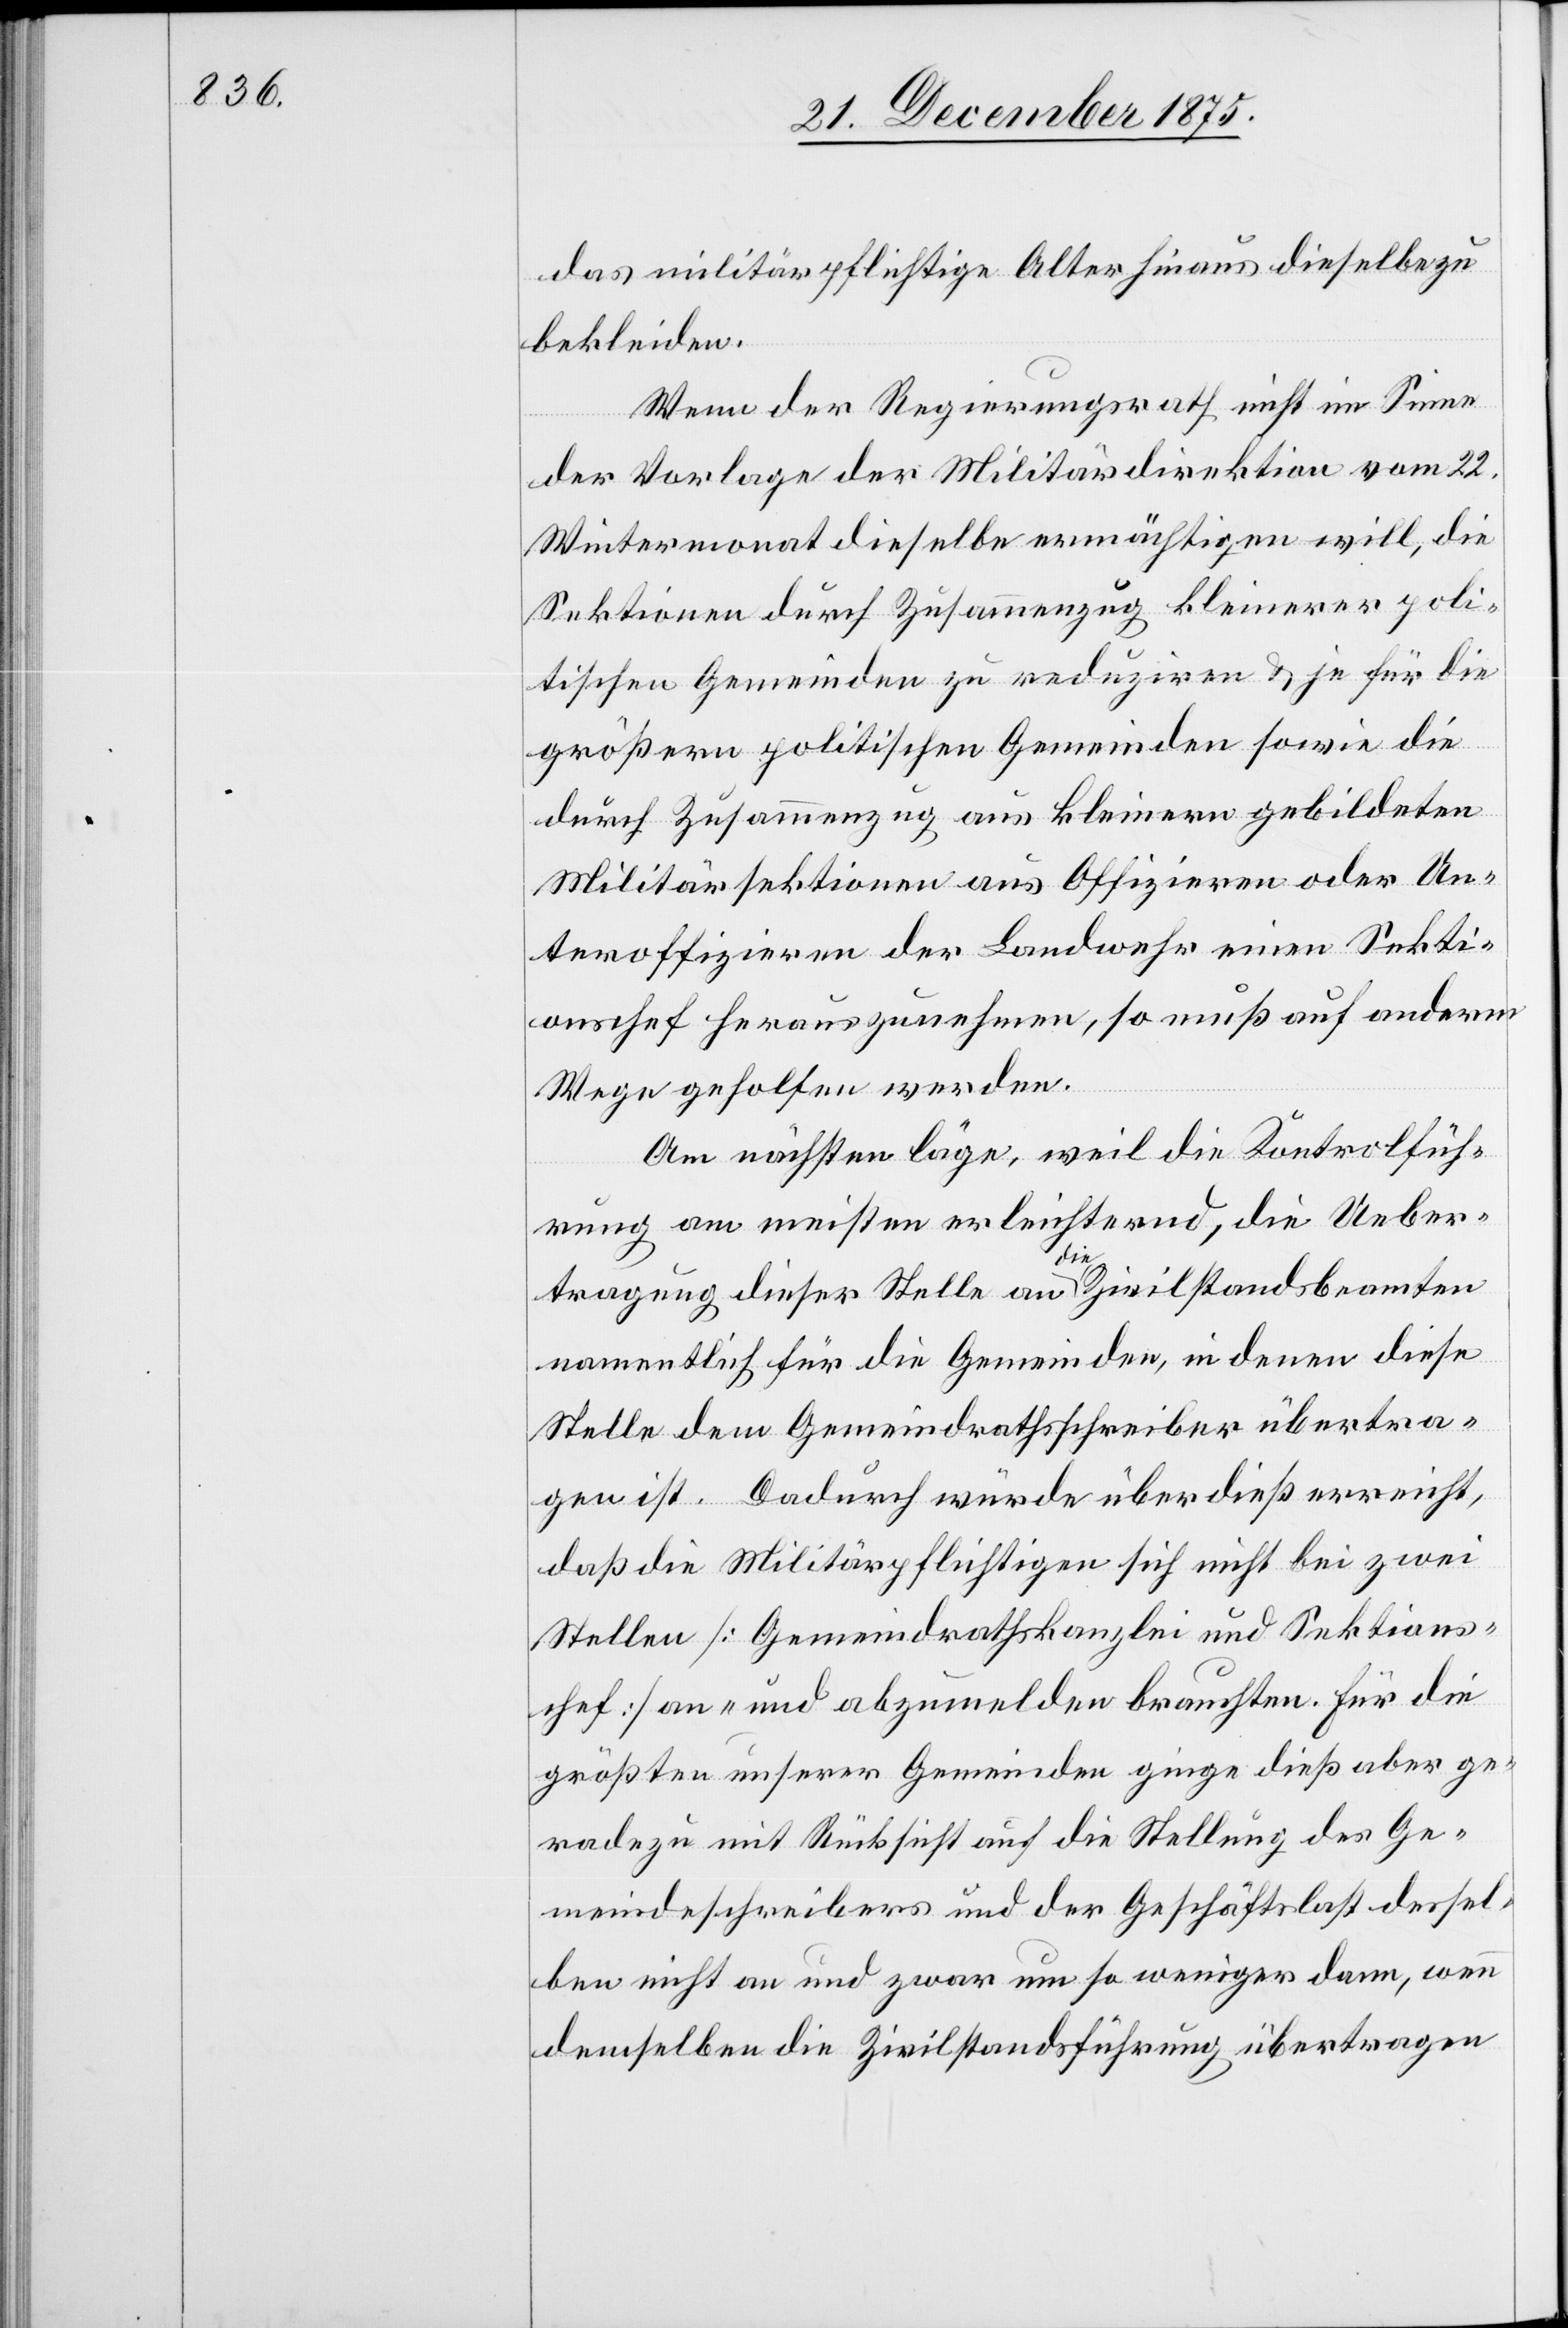
das militärpflichtige Alter hinaus dieselbe zu
bekleiden.
Wenn der Regierungsrath nicht im Sinne
der Vorlage der Militärdirektion vom 22.
Wintermonat dieselbe ermächtigen will, die
Sektionen durch Zusammenzug kleinerer poli¬
tischen Gemeinden zu reduziren & je für die
größern politischen Gemeinden sowie die
durch Zusammenzug aus kleinern gebildeten
Militärsektionen aus Offizieren oder Un¬
teroffizieren der Landwehr einen Sekti¬
onschef herauszunehmen, so muß auf anderm
Wege geholfen werden.
Am nächsten läge, weil die Kontrolfüh¬
rung am meisten erleichternd, die Ueber¬
tragung dieser Stelle an die Zivilstandbeamten
namentlich für die Gemeinden, in denen diese
Stelle dem Gemeindrathsschreiber übertra¬
gen ist. Dadurch würde über dieß erreicht,
daß die Militärpflichtigen sich nicht bei zwei
Stellen [Gemeindrathskanzlei und Sektions¬
chef] an- und abzumelden brauchten. Für die
größten unserer Gemeinden ginge dieß aber ge¬
radezu mit Rücksicht auf die Stellung des Ge¬
meindeschreibers und der Geschäftslast dessel¬
ben nicht an und zwar um so weniger dann, wenn
demselben die Zivilstandsführung übertragen